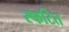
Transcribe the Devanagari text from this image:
स्फटित